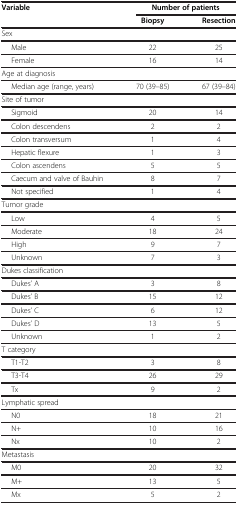
| <ROWSPAN=2> Variable | <COLSPAN=2> Number of patients |
 | Biopsy | Resection |
 | --- | --- | --- |
 | Sex |  |  |
 | Male | 22 | 25 |
 | Female | 16 | 14 |
 | Age at diagnosis |  |  |
 | Median age (range, years) | 70 (39–85) | 67 (39–84) |
 | Site of tumor |  |  |
 | Sigmoid | 20 | 14 |
 | Colon descendens | 2 | 2 |
 | Colon transversum | 1 | 4 |
 | Hepatic flexure | 1 | 3 |
 | Colon ascendens | 5 | 5 |
 | Caecum and valve of Bauhin | 8 | 7 |
 | Not specified | 1 | 4 |
 | Tumor grade |  |  |
 | Low | 4 | 5 |
 | Moderate | 18 | 24 |
 | High | 9 | 7 |
 | Unknown | 7 | 3 |
 | Dukes classification |  |  |
 | Dukes’ A | 3 | 8 |
 | Dukes’ B | 15 | 12 |
 | Dukes’ C | 6 | 12 |
 | Dukes’ D | 13 | 5 |
 | Unknown | 1 | 2 |
 | T category |  |  |
 | T1-T2 | 3 | 8 |
 | T3-T4 | 26 | 29 |
 | Tx | 9 | 2 |
 | Lymphatic spread |  |  |
 | N0 | 18 | 21 |
 | N+ | 10 | 16 |
 | Nx | 10 | 2 |
 | Metastasis |  |  |
 | M0 | 20 | 32 |
 | M+ | 13 | 5 |
 | Mx | 5 | 2 |